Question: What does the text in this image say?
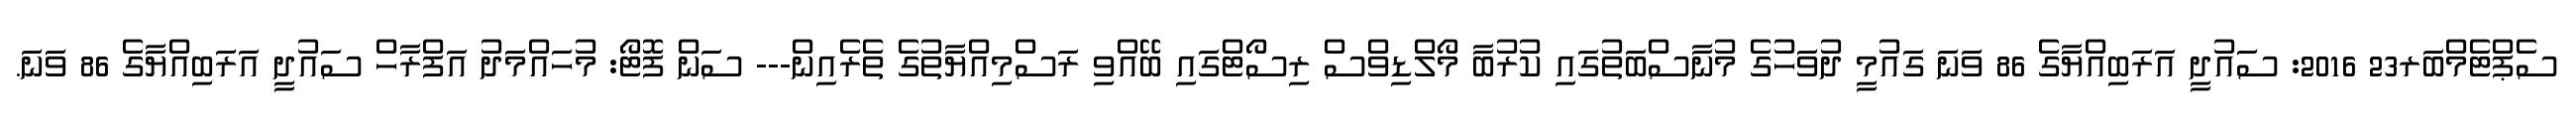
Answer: ސެޕްޓެމްބަރ23 2016: ސައުދީ އަރަބިއްޔާގެ 86 ވަނަ ގައުމީ ދުވަހުގެ މުނާސްބަތުގައި ކުރުބާ މޯލްޑިވްސް ރިސޯޓްގައި ބޭއްވި ރަސްމިއްޔާތުގެ ތެރެއިން--- ސަން ފޮޓޯ: މުހައްމަދު އަފްރާހް ސައުދީ އަރަބިއްޔާގެ 86 ވަނަ.